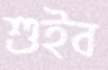
শুইব